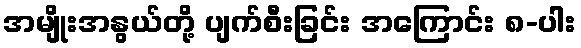
အမျိုးအနွယ်တို့ ပျက်စီးခြင်း အကြောင်း ၈-ပါး